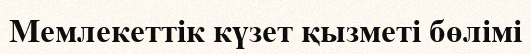
Мемлекеттік күзет қызметі бөлімі